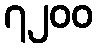
၇၂၀၀